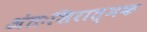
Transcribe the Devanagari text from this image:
अंतःशिरात्मक